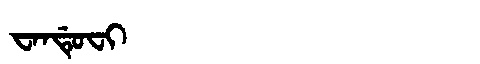
Manchu: ᠸᠠᠨᡩᡠᠸᡳ
Romanization: WANDUFI